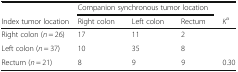
|  | <COLSPAN=3> Companion synchronous tumor location |  |
 | Index tumor location | Right colon | Left colon | Rectum | Ka |
 | --- | --- | --- | --- | --- |
 | Right colon (n = 26) | 17 | 11 | 2 |  |
 | Left colon (n = 37) | 10 | 35 | 8 |  |
 | Rectum (n = 21) | 8 | 9 | 9 | 0.30 |